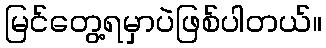
မြင်တွေ့ရမှာပဲဖြစ်ပါတယ်။